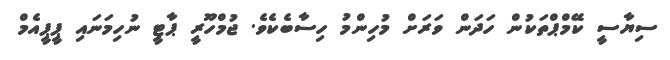
ސިޔާސީ ކޭމްޕްތަކުން ހަދަން ވަރަށް މުހިންމު ހިސާބެކެވެ. ޖުމްހޫރީ ޕާޓީ ނުހިމަނައި ޕީޕީއެމް